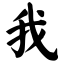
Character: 我